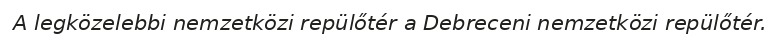
A legközelebbi nemzetközi repülőtér a Debreceni nemzetközi repülőtér.